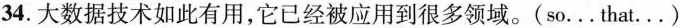
34.大数据技术如此有用,它已经被应用到很多领域.( so...that...)